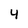
Character: 4